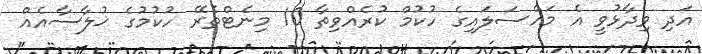
އަދި ވިދާޅުވީ އެ މައްސަލައިގެ ހުކުމް ކުރެއްވިތާ 10 މިނެޓްތެރޭ ހުކުމުގެ ޚުލާސާއެއް